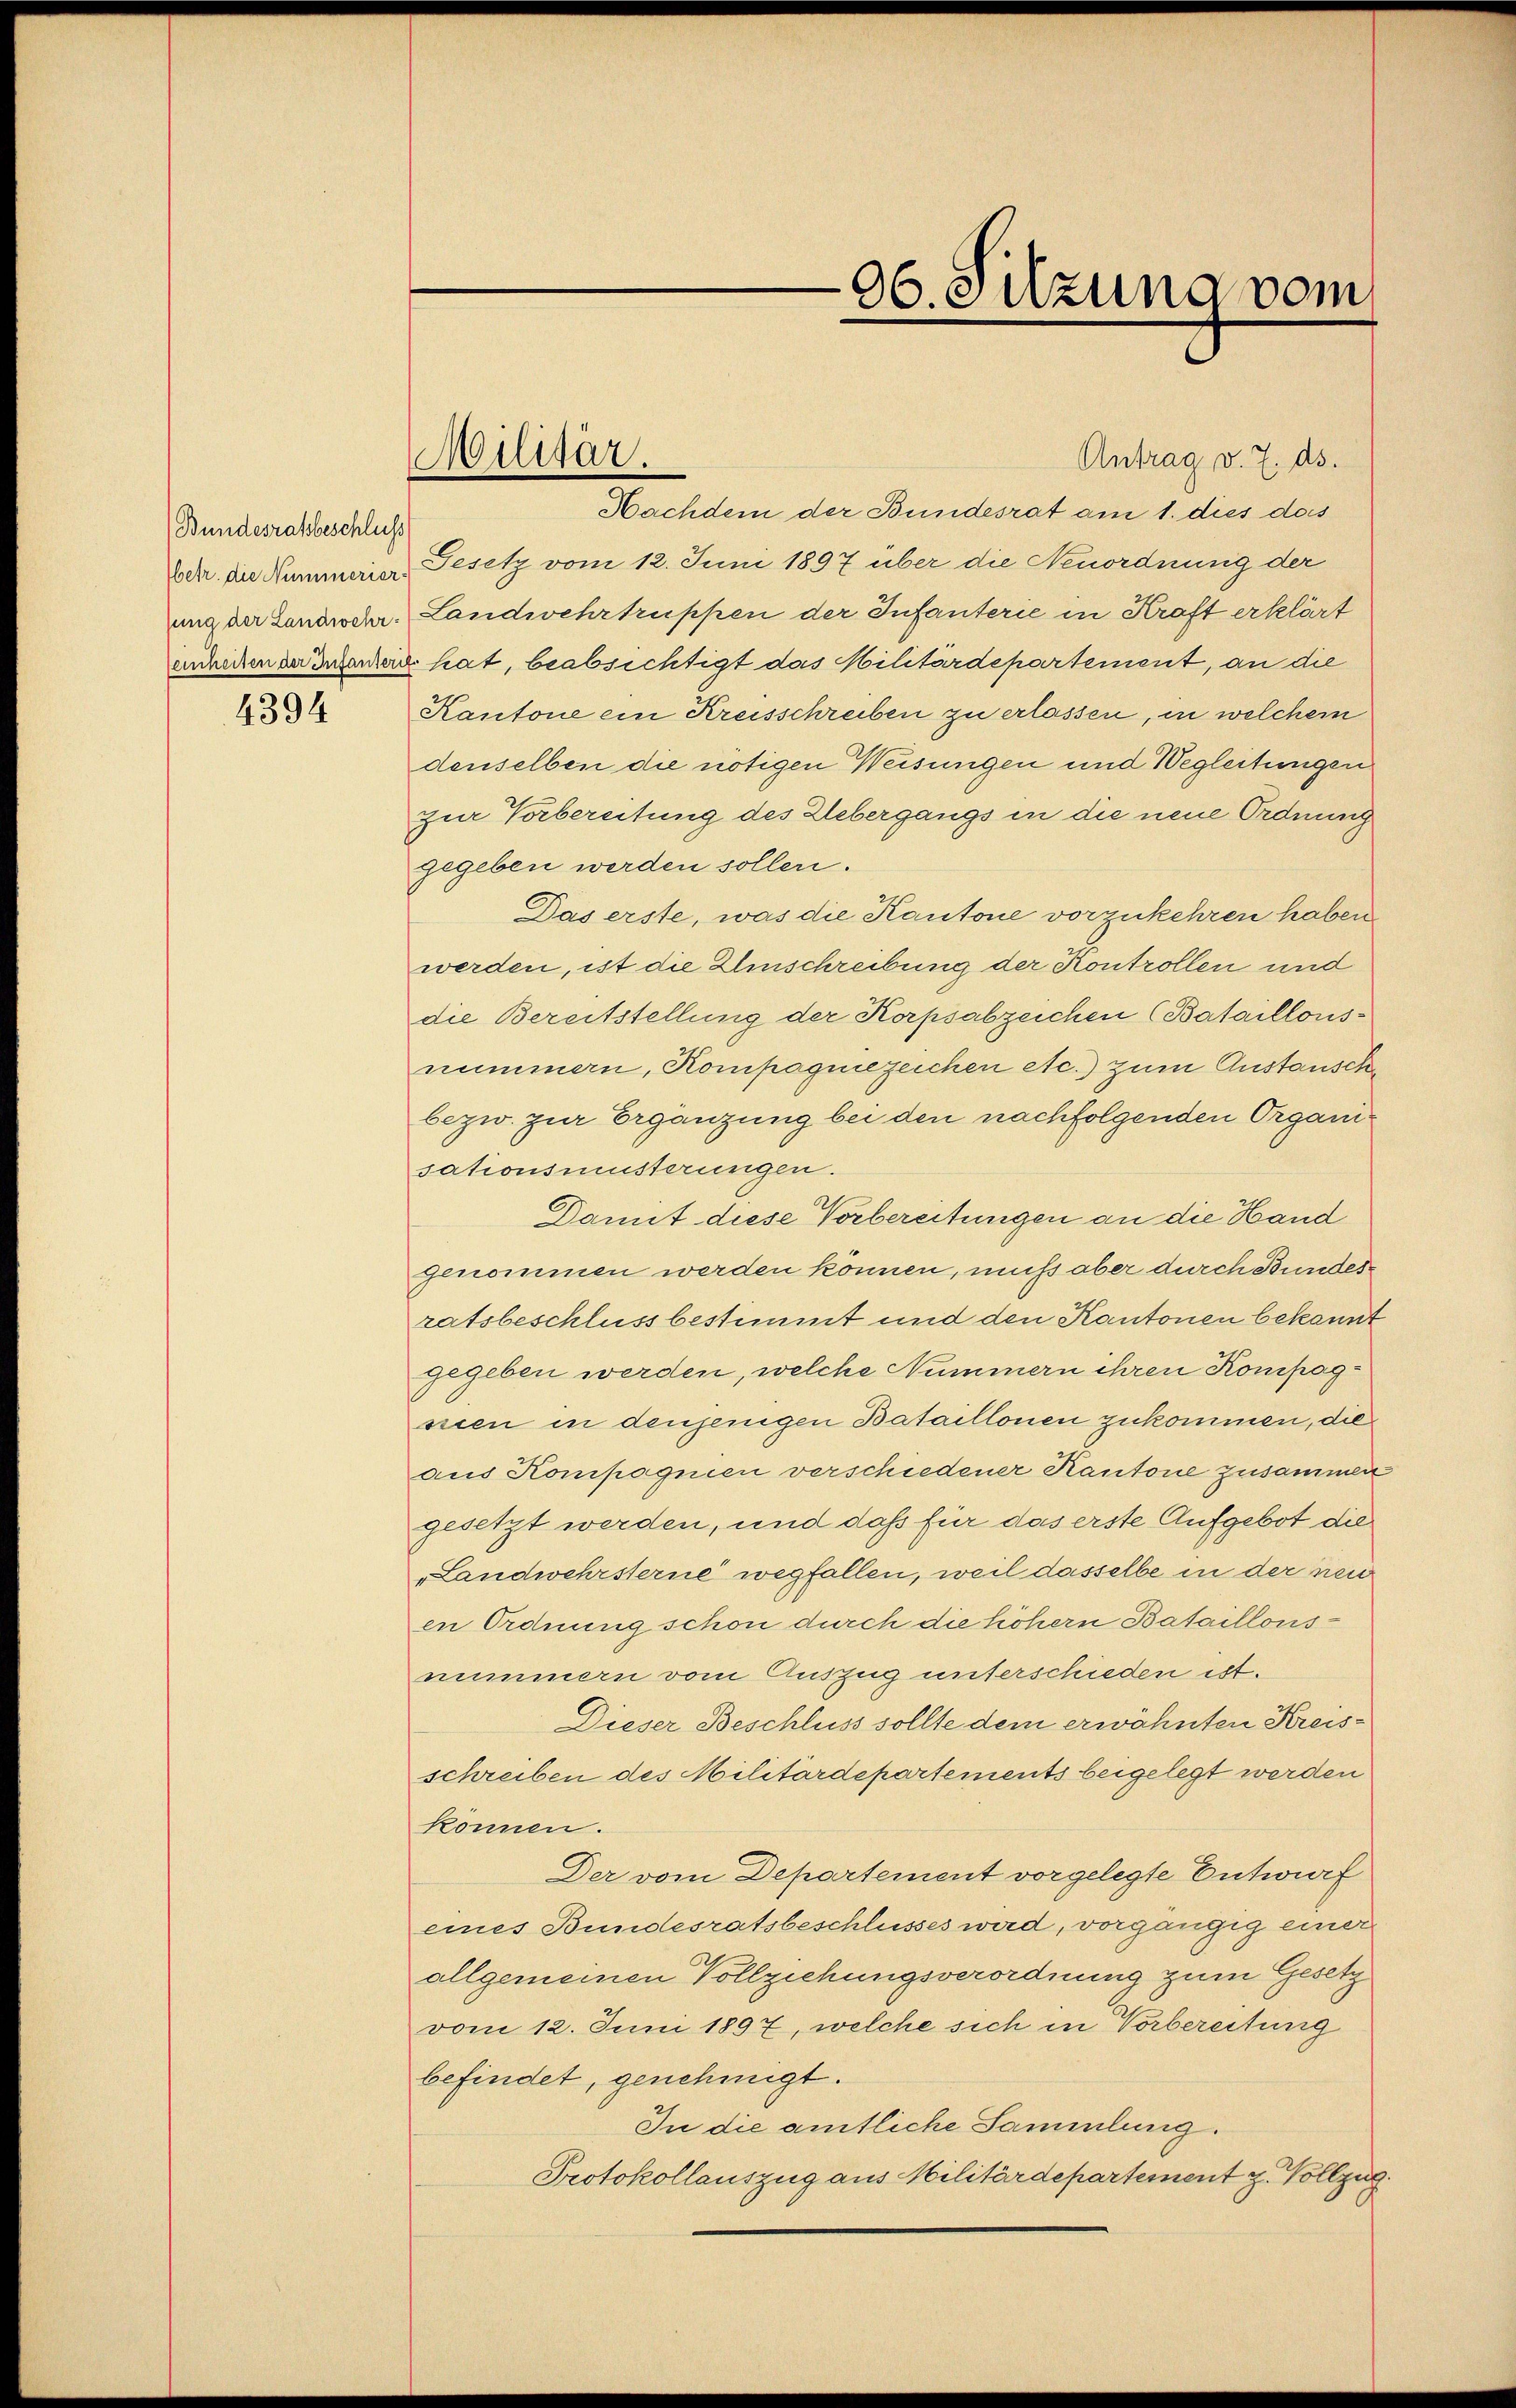
Bundesratsbeschluss
betr. die Nummerier-
jung der Landwehr-
einheiten der Infanteri

4394

Militär.

96. Silzung vom

Antrag v. 7. ds.
Nachdem der Bundesrat am 1. dies des
Gesetz vom 12. Juni 1897 über die Neuordnung der
Landwehrtruppen der Infanterie in Kraft erklärt
xhat, beabsichtigt das Militärdepartement, an die
Kantone ein Kreisschreiben zu erlassen, in welchem
denselben die nötigen Weisungen und Wegleitungen
zur Vorbereitung des Uebergangs in die neue Ordnung
gegeben werden sollen.
Das erste, was die Kantone vorzukehren haben
werden, ist die Einschreibung der Kontrollen und
die Bereitstellung der Korpsabzeichen (Bataillons-
nummern, Kompagnezeichen etc.) zum Anstausch
bezw. zur Ergänzung bei den nachfolgenden Organisationsmusterungen.
Damit diese Vorbereitungen an die Hand
genommen werden können, muss aber durch Bundesratsbeschluss bestimmt und den Kantonen bekannt
gegeben werden, welche Nummern ihren Kompagnien in denjenigen Bataillonen zukommen, die
aus Kompagnien verschiedener Kantone zusammen
gesetzt werden, und daß für das erste Aufgebot die
Landwehrsterne wegfallen, weil dasselbe in der neu
en Ordnung schon durch die Sichern Bataillons
nummern vom Auszug unterschieden ist.
Dieser Beschluss sollte dem erwähnten Kreisschreiben des Militärdepartements beigelegt werden
können.
Der vom Departement vorgelegte Entwurf
eines Bundesratsbeschlusses wird, vorgängig einer
allgemeinen Vollziehungsverordnung zum Gesetz
vom 12. Juni 1897, welche sich in Vorbereitung
befindet, genehmigt.
In die amtliche Sammlung.
Protokollauszug aus Militärdepartement z. Vollzug.